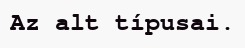
Az alt típusai.